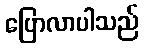
ပြောလာပါသည်